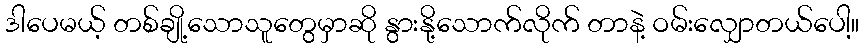
ဒါပေမယ့် တစ်ချို့သောသူတွေမှာဆို နွားနို့သောက်လိုက် တာနဲ့ ဝမ်းလျှောတယ်ပေါ့။